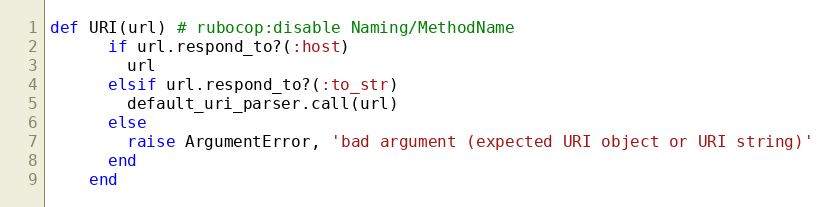
Language: Ruby
def URI(url) # rubocop:disable Naming/MethodName
      if url.respond_to?(:host)
        url
      elsif url.respond_to?(:to_str)
        default_uri_parser.call(url)
      else
        raise ArgumentError, 'bad argument (expected URI object or URI string)'
      end
    end